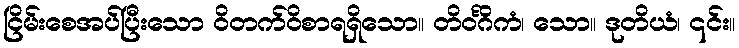
ငြိမ်းစေအပ်ပြီးသော ဝိတက်ဝိစာရရှိသော။ တိဝင်္ဂိကံ၊ သော။ ဒုတိယံ၊ ၎င်း။